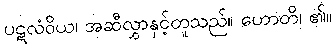
ပဋလံဝိယ၊ အဆီလွှာနှင့်တူသည်။ ဟောတိ၊ ၏။